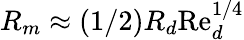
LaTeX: R_{m}\approx(1/2)R_{d}\mathrm{Re}_{d}^{1/4}